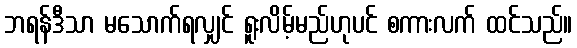
ဘရန်ဒီသာ မသောက်ရလျှင် ရူးလိမ့်မည်ဟုပင် စကားလက် ထင်သည်။